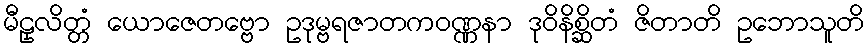
မီဠှလိတ္တံ ယောဇေတဗ္ဗော ဥဒုမ္ဗရဇာတကဝဏ္ဏနာ ဒုဝိနိစ္ဆိတံ ဇိတာတိ ဥဘောသူတိ